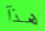
هذآ